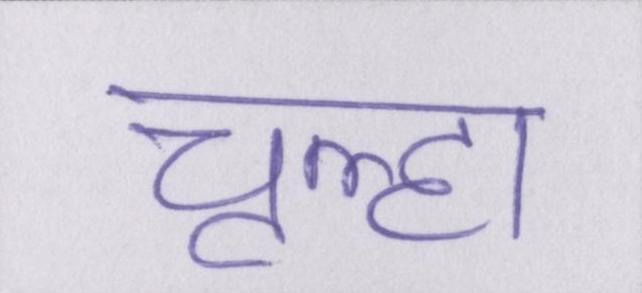
चूल्हा